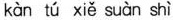
kàn tú xiě suàn shì